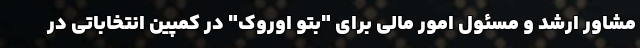
مشاور ارشد و مسئول امور مالی برای "بتو اوروک" در کمپین انتخاباتی در